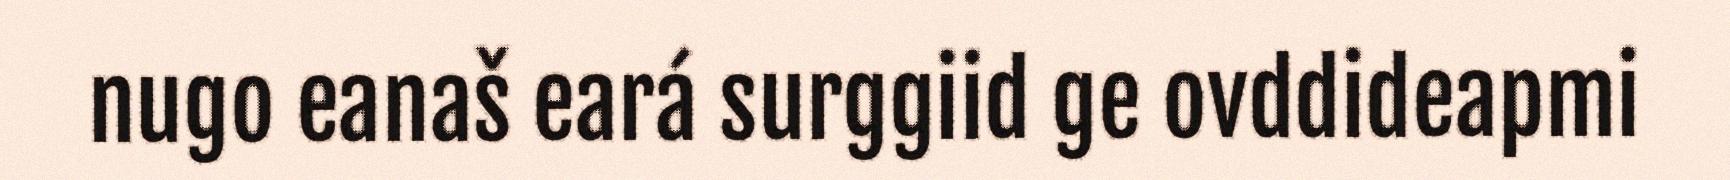
nugo eanaš eará surggiid ge ovddideapmi